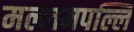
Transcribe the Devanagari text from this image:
मल्लमपल्लि